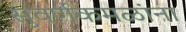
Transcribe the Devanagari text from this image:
सुवर्णकमळांना